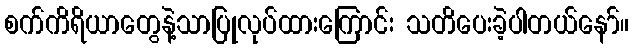
စက်ကိရိယာတွေနဲ့သာပြုလုပ်ထားကြောင်း သတိပေးခဲ့ပါတယ်နော်။